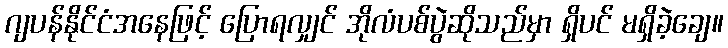
ဂျပန်နိုင်ငံအနေဖြင့် ပြောရလျှင် အိုလံပစ်ပွဲဆိုသည်မှာ ရှိပင် မရှိခဲ့ချေ။